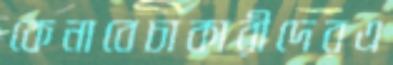
কেনাবেচাকারীদেরএ